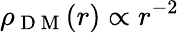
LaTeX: \rho_{\mathrm{~D~M~}}(r)\propto r^{-2}